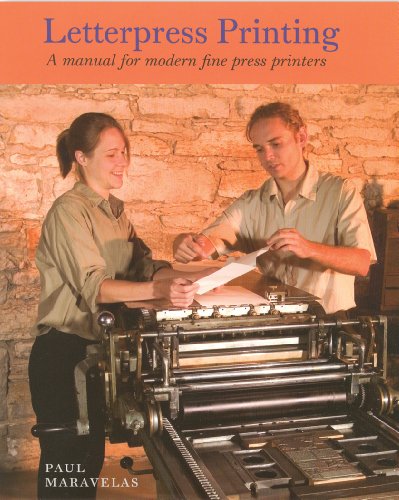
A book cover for Letterpress Printing, A Manual for Modern Fine Press Printers; Maravelas; Arts & Photography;